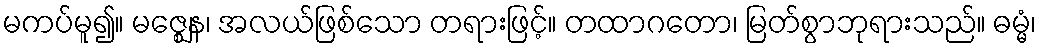
မကပ်မူ၍။ မဇ္ဈေန၊ အလယ်ဖြစ်သော တရားဖြင့်။ တထာဂတော၊ မြတ်စွာဘုရားသည်။ ဓမ္မံ၊